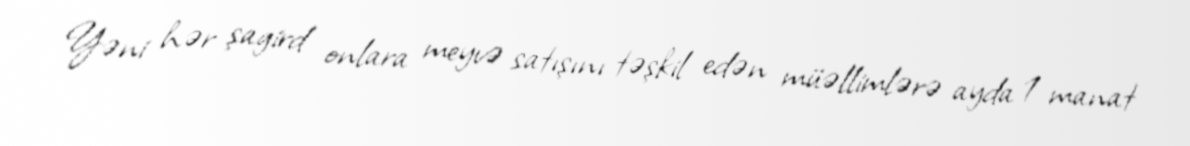
Yəni hər şagird onlara meyvə satışını təşkil edən müəllimlərə ayda 1 manat